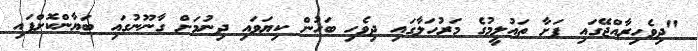
"ދިވެހިރާއްޖޭގައި ފަށާ ތައުލީމުގެ މަރުހަލާގައި ދިވެހި ބަހުން ކިޔަވައި ދިނުމަށް ގާނޫނުގައި ބަޔާންކޮށްފައި